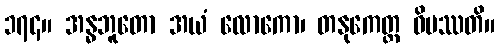
၁၇၄။ အန္ဓဘူတော အယံ လောကော၊ တနုကေတ္ထ ဝိပဿတိ။